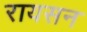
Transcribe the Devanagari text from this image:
रायसन